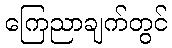
ကြေညာချက်တွင်